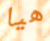
هيا